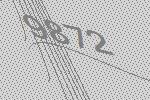
9872